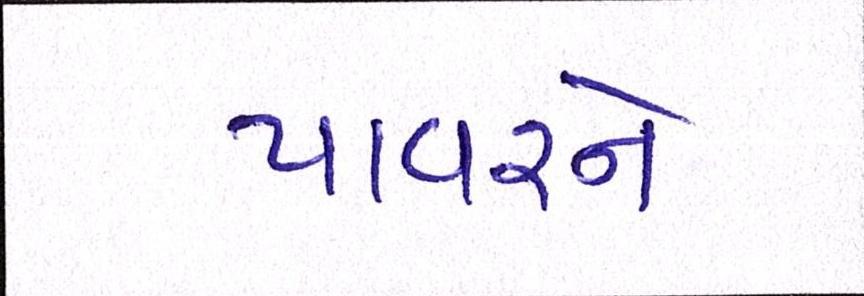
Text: પાવરને